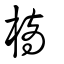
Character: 樀